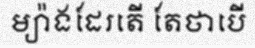
ម្យ៉ាងដែរតើ តែថាបើ